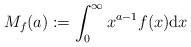
LaTeX: \begin{align*}M_f(a):= \int_0^\infty x^{a-1}f(x)\mathrm{d}x\end{align*}